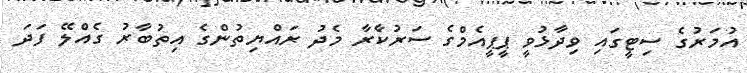
އުމަރުގެ ސިޓީގައި ވިދާޅުވީ ޕީޕީއެމްގެ ސަރުކާެރާ މެދު ރައްޔިތުންގެ އިތުބާރު ގެއްލޭ ފަދަ